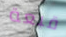
قبعة